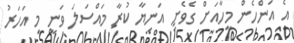
އެ އަންހެން މީހާއަށް ގެވެށި އަނިޔާ ކުރާ މައްސަލަ ވަނީ މި އަހަރު